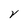
Character: V